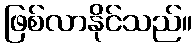
ဖြစ်လာနိုင်သည်။